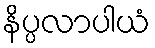
နိပ္ပလာပါယံ